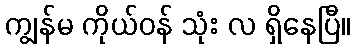
ကျွန်မ ကိုယ်ဝန် သုံး လ ရှိနေပြီ။